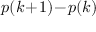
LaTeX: \textstyle p ( k \! + \! 1 ) \! - \! p ( k )